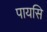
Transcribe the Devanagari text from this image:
पायसि